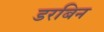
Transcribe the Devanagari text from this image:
डरबिन